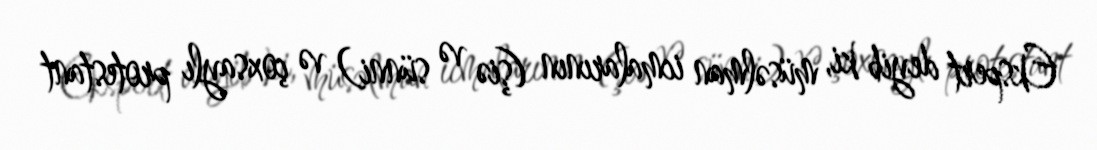
Ekspert deyib ki, müsəlman icmalarının (şiə və sünni) və çoxsaylı protestant